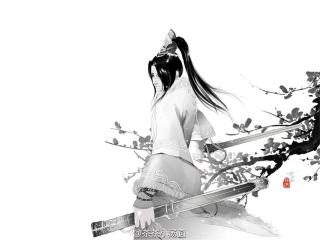
掩妾泪，听君歌。